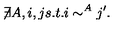
\not \! \exists A , i , j s . t . i \sim ^ { A } j ^ { \prime } .